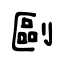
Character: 剾